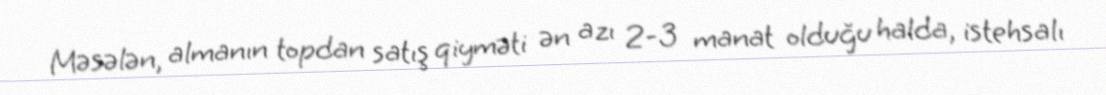
Məsələn, almanın topdan satış qiyməti ən azı 2-3 manat olduğu halda, istehsalı